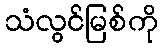
သံလွင်မြစ်ကို